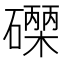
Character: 𮁐